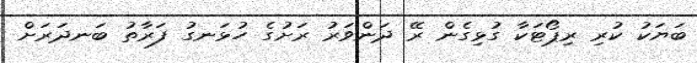
ބަޔަކު ކުރި ރިޕޯޓަކާ ގުޅިގެން ރޭ ދަންވަރު ރަށުގެ ހުޅަނގު ފަރާތު ބަނދަރަށް